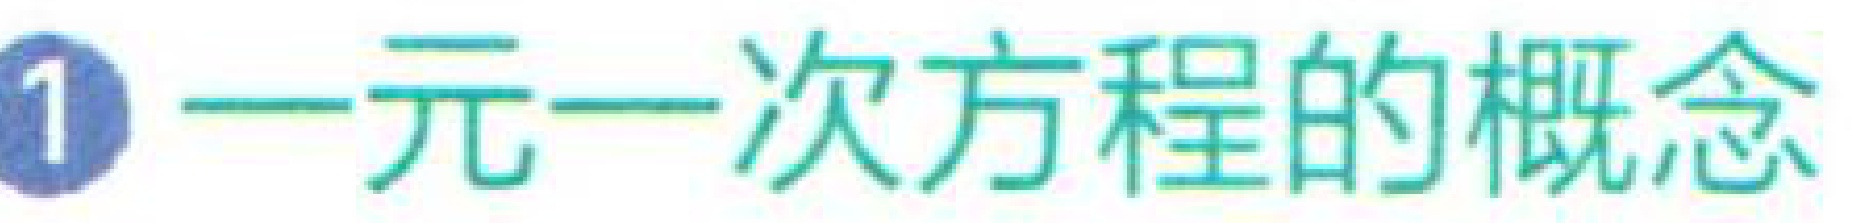
$1\ 一元一次方程的概念$